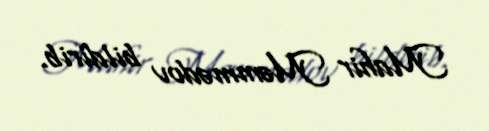
Mahir Məmmədov bildirib.